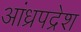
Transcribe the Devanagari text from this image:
आंध्रपद्रेश